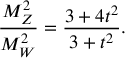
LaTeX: \frac { M _ { Z } ^ { 2 } } { M _ { W } ^ { 2 } } = \frac { 3 + 4 t ^ { 2 } } { 3 + t ^ { 2 } } .